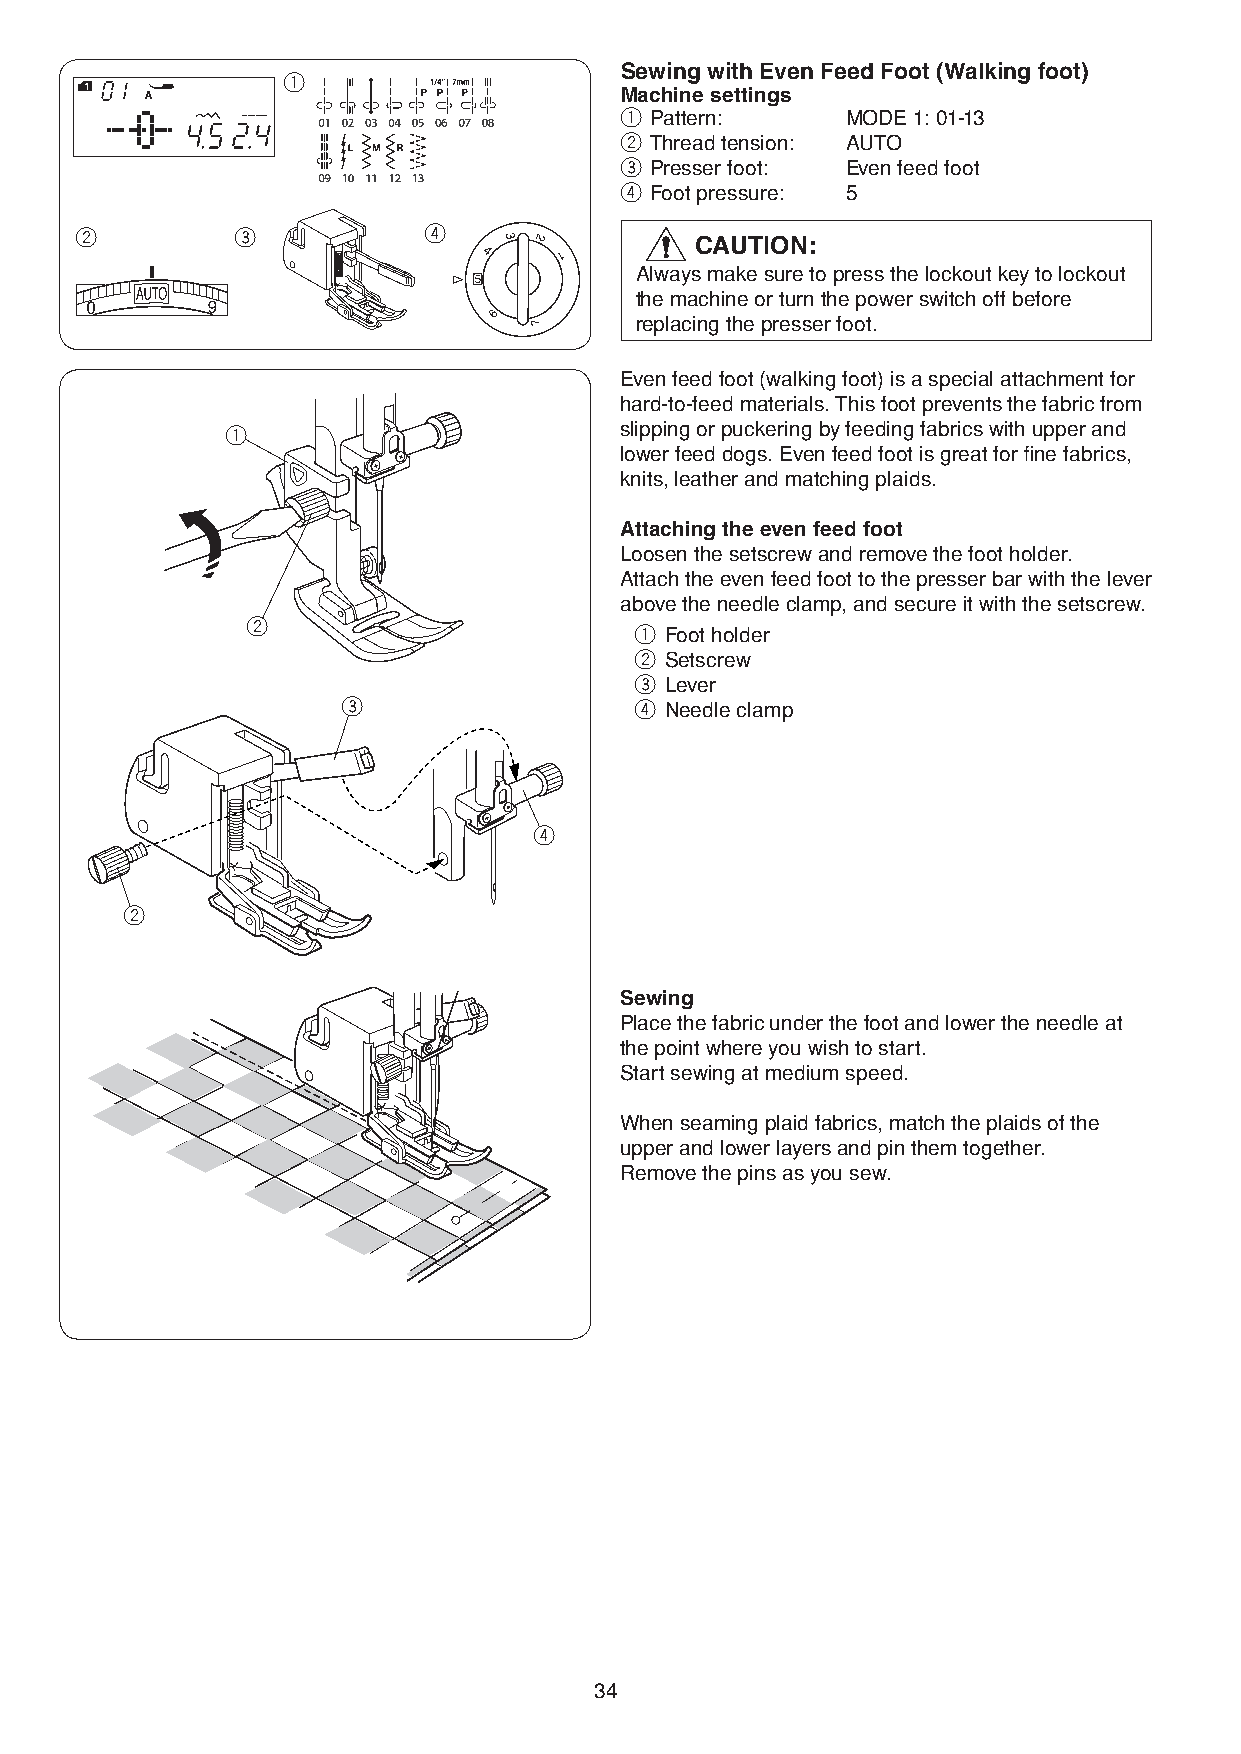
Sewing with Even Feed Foot (Walking foot)
 q
 Machine settings
 q Pattern:     MODE 1: 01-13
 w Thread tension: AUTO
 e Presser foot: Even feed foot
 r Foot pressure: 5
 w          e           r
 CAUTION:
 Always make sure to press the lockout key to lockout
 the machine or turn the power switch off before
 replacing the presser foot.
 Even feed foot (walking foot) is a special attachment for
 hard-to-feed materials. This foot prevents the fabric from
 q                         slipping or puckering by feeding fabrics with upper and
 lower feed dogs. Even feed foot is great for fine fabrics,
 knits, leather and matching plaids.
 Attaching the even feed foot
 Loosen the setscrew and remove the foot holder.
 Attach the even feed foot to the presser bar with the lever
 above the needle clamp, and secure it with the setscrew.
 w
 q Foot holder
 w Setscrew
 e Lever
 e                  r Needle clamp
 r
 w
 Sewing
 Place the fabric under the foot and lower the needle at
 the point where you wish to start.
 Start sewing at medium speed.
 When seaming plaid fabrics, match the plaids of the
 upper and lower layers and pin them together.
 Remove the pins as you sew.
 34